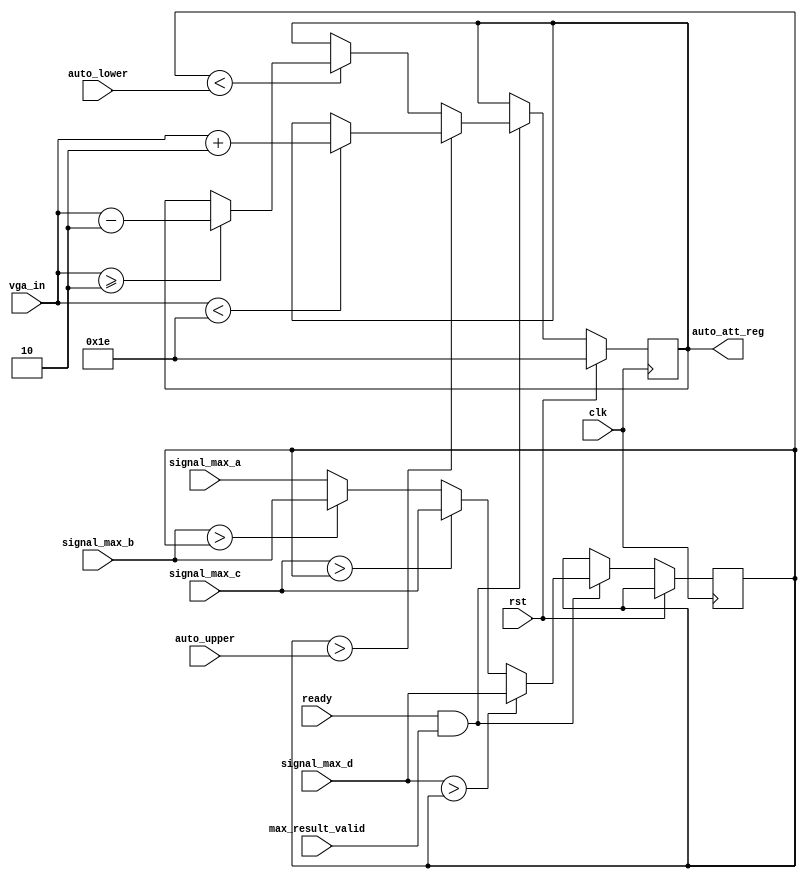
`timescale 1ns / 1ps
//////////////////////////////////////////////////////////////////////////////////
// Company: 		TRIUMF
// 
// Design Name:		
// Module Name:		auto_range 
// Project Name:		awake.bpm.firmware
// Target Devices: 	SPARTAN 6 LX150T
// Tool versions: 
// Description: 
//
// Dependencies: 	
//
// Revision: 
// Revision 0.01 - File Created
// Additional Comments: 
//
//////////////////////////////////////////////////////////////////////////////////

/*
	Module: auto_range
  
		Automatically determines the VGA attenuation for the next measurement
		depending on the received and processed signals from the four channels
  
	Inputs:
  		
  		clk - process to be clocked from PLL, as determined by PLL
		rst - reset flag
  		ready - ready status bit for channel data: 1 -> ready to be read
		max_result_valid - flag for valid max data, only when this is 1 should auto_range begin to manipulate range settings
  		[4:0] 	vga_in - 5 bit vga attenuation initial  
  		[15:0] 	signal_max_(a~d) - 16 bit signal amplitude calculated from <Max.v>
  	
	Outputs:
  		
  		[4:0] auto_att_reg - 5 bit vga attenuation final
  
	Parameters:
   
		upper_threshold - upper amplitude threshold beyond which signals must be re-ranged
		lower_threshold - lower amplitude threshold that justifies increasing VGA attenuation
		data_width - bit size of incoming amplitude data
		step - attenuation shift in dB
		max - maximum attenuation in dB

	Registers:

		[2:0]	step - shifted steps for range adjustment in binary, intreperted as decimal in dB
		[data_width-1:0]	signal_max_all - storage register for overall maximum amplitude after program iteration
  
	See Also:
  
  		<Max.v>
		
	TODO:
		
		- Cosmetic changes (improve range finding logic, lessen range)
		- Think of ways to improve speed with better algorithm
		- Make thresholds modifiable from UI
 */
 
module auto_range(
	input clk,
	input rst,
	input ready,
	input max_result_valid,

	input [4:0] vga_in,
	input [15:0] auto_upper,
	input [15:0] auto_lower,
	input [15:0] signal_max_a,
	input [15:0] signal_max_b,
	input [15:0] signal_max_c,
	input [15:0] signal_max_d,

	output reg [4:0] auto_att_reg
    );

	//parameter upper_threshold = 25000; // Full range of amplitude is 32768
	//parameter lower_threshold = 15000; // Lower threshold roughly 3 dB less than upper threshold     
	parameter data_width = 16;
	parameter step = 2;
	parameter max = 30;

	reg [data_width-1:0] signal_max_all;

	always @ (posedge clk) begin
	 
		/* Reset parameters by maxing out attenuation */
		if(rst) begin
			auto_att_reg <= max;
			end
			 
		/* Otherwise check for position ready flag and begin processing */
		else if(ready && max_result_valid) begin

			signal_max_all <= signal_max_a; ///< Initialize signal_max_all as signal_max_a
		
			/* Comparatively loads the maximum signal from rest of the channels */
			if (signal_max_b[15:0] > signal_max_all)	signal_max_all <= signal_max_b;
			if (signal_max_c[15:0] > signal_max_all)	signal_max_all <= signal_max_c;
			if (signal_max_d[15:0] > signal_max_all)	signal_max_all <= signal_max_d;
			 
			/* Lower or increase VGA attenuation depending on signal_max_all relative to the corresponding thresholds */
			if (signal_max_all > auto_upper) begin
				if (vga_in < max)		auto_att_reg <= vga_in + step;
				end
			else if (signal_max_all < auto_lower) begin
				if (vga_in >= step)		auto_att_reg <= vga_in - step;
				end
			end
		end    	
endmodule